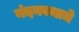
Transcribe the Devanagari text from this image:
नंदनवनाचे